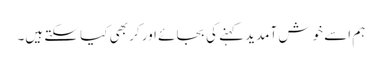
ہم اسے خوش آمدید کہنے کی بجائے اور کر بھی کیا سکتے ہیں۔